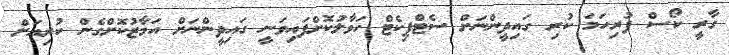
ގާރީ ކޯސް ފުރިހަމަ ކުރި ގައިދީންނަށް ސެޓްފިކެޓް ހަވާލުކޮށްފައިވަނީ ގައިދީންނަށް އަމާޒުކޮށްގެން ކުރިއަށް